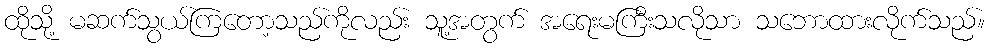
ထိုသို့ မဆက်သွယ်ကြတော့သည်ကိုလည်း သူ့အတွက် အရေးမကြီးသလိုသာ သဘောထားလိုက်သည်။